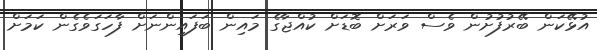
އުޅޭކަން ބޭރުފުށުން ވެސް ވަރަށް ބޮޑަށް ކުއްޖާގެ މައިން ބަފައިންނަށް ފާހަގަވެގެން ކަމަށް